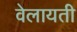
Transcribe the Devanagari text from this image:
वेलायती